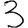
Digit: 3